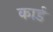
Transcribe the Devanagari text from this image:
कार्ड